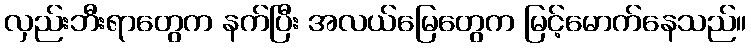
လှည်းဘီးရာတွေက နက်ပြီး အလယ်မြေတွေက မြင့်မောက်နေသည်။